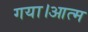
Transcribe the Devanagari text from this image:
गया।आत्म